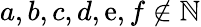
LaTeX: a,b,c,d,\mathrm{e},f\notin\mathbb{{N}}